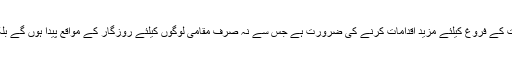
انہوں نے کہا کہ گلگت بلتستان میں سیاحت کے فروغ کیلئے مزید اقدامات کرنے کی ضرورت ہے جس سے نہ صرف مقامی لوگوں کیلئے روزگار کے مواقع پیدا ہوں گے بلکہ پاکستان کا سوفٹ امیج بھی اجاگر ہوگا۔